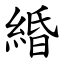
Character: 緍